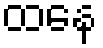
ထနေ